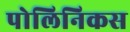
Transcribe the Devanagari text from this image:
पोलिनिकस